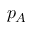
p _ { A }